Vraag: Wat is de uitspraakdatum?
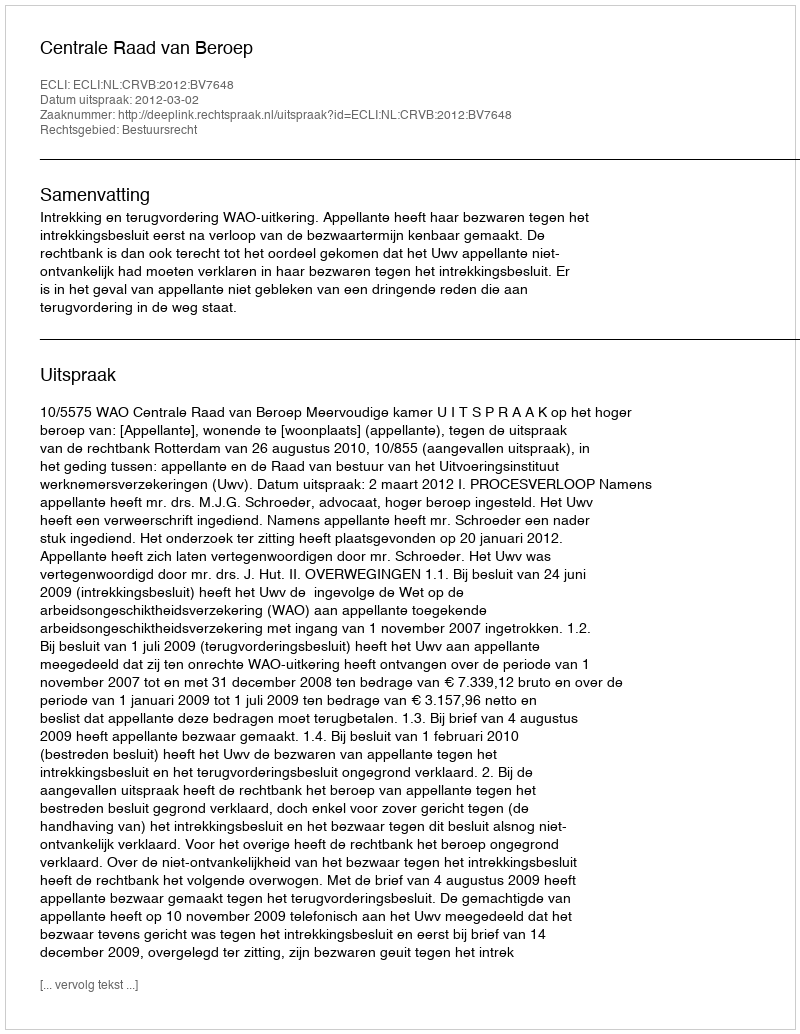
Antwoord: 2012-03-02